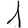
Digit: 1